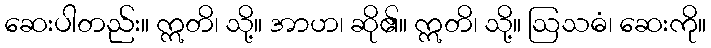
ဆေးပါတည်း။ ဣတိ၊ သို့။ အာဟ၊ ဆို၏။ ဣတိ၊ သို့။ ဩသဓံ၊ ဆေးကို။